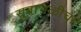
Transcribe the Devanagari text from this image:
सुबाभळीचा